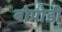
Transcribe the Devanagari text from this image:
बोपोडी